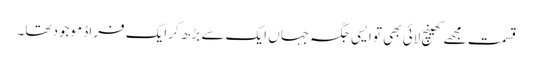
قسمت مجھے کھینچ لائی بھی تو ایسی جگہ جہاں ایک سے بڑھ کر ایک فراڈ موجود تھا۔